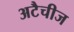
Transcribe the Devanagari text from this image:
अटैचीज